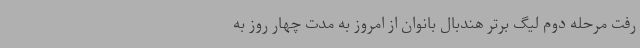
رفت مرحله دوم لیگ برتر هندبال بانوان از امروز به مدت چهار روز به